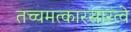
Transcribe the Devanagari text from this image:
तच्चमत्कारसारत्वे